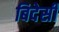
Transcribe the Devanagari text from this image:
बिदेसी